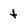
Character: t